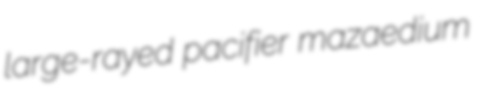
large-rayed pacifier mazaedium